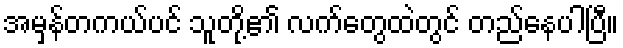
အမှန်တကယ်ပင် သူတို့၏ လက်တွေထဲတွင် တည်နေပါပြီ။